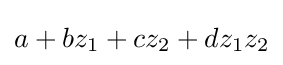
a+bz_{1}+cz_{2}+dz_{1}z_{2}